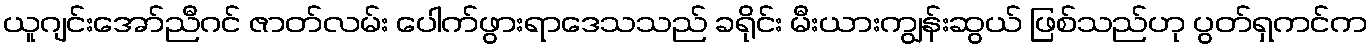
ယူဂျင်းအော်ညီဂင် ဇာတ်လမ်း ပေါက်ဖွားရာဒေသသည် ခရိုင်း မီးယားကျွန်းဆွယ် ဖြစ်သည်ဟု ပွတ်ရှကင်က